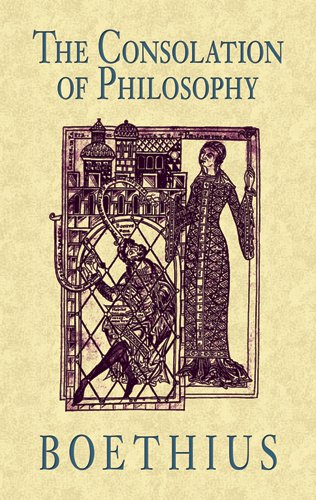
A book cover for The Consolation of Philosophy; Boethius; Politics & Social Sciences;